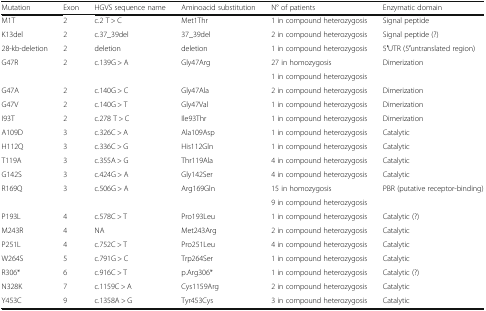
| Mutation | Exon | HGVS sequence name | Aminoacid substitution | N° of patients | Enzymatic domain |
 | --- | --- | --- | --- | --- | --- |
 | M1T | 2 | c.2 T > C | Met1Thr | 1 in compound heterozygosis | Signal peptide |
 | K13del | 2 | c.37_39del | 37_39del | 2 in compound heterozygosis | Signal peptide (?) |
 | 28-kb-deletion | 2 | deletion | deletion | 1 in compound heterozygosis | 5′UTR (5′untranslated region) |
 | <ROWSPAN=2> G47R | <ROWSPAN=2> 2 | <ROWSPAN=2> c.139G > A | <ROWSPAN=2> Gly47Arg | 27 in homozygosis | <ROWSPAN=2> Dimerization |
 | 1 in compound heterozygosis |
 | G47A | 2 | c.140G > C | Gly47Ala | 2 in compound heterozygosis | Dimerization |
 | G47V | 2 | c.140G > T | Gly47Val | 1 in compound heterozygosis | Dimerization |
 | I93T | 2 | c.278 T > C | Ile93Thr | 1 in compound heterozygosis | Dimerization |
 | A109D | 3 | c.326C > A | Ala109Asp | 1 in compound heterozygosis | Catalytic |
 | H112Q | 3 | c.336C > G | His112Gln | 1 in compound heterozygosis | Catalytic |
 | T119A | 3 | c.355A > G | Thr119Ala | 4 in compound heterozygosis | Catalytic |
 | G142S | 3 | c.424G > A | Gly142Ser | 4 in compound heterozygosis | Catalytic |
 | <ROWSPAN=2> R169Q | <ROWSPAN=2> 3 | <ROWSPAN=2> c.506G > A | <ROWSPAN=2> Arg169Gln | 15 in homozygosis | <ROWSPAN=2> PBR (putative receptor-binding) |
 | 9 in compound heterozygosis |
 | P193L | 4 | c.578C > T | Pro193Leu | 1 in compound heterozygosis | Catalytic (?) |
 | M243R | 4 | NA | Met243Arg | 2 in compound heterozygosis | Catalytic |
 | P251L | 4 | c.752C > T | Pro251Leu | 4 in compound heterozygosis | Catalytic |
 | W264S | 5 | c.791G > C | Trp264Ser | 1 in compound heterozygosis | Catalytic |
 | R306* | 6 | c.916C > T | p.Arg306* | 1 in compound heterozygosis | Catalytic (?) |
 | N328K | 7 | c.1159C > A | Cys1159Arg | 2 in compound heterozygosis | Catalytic |
 | Y453C | 9 | c.1358A > G | Tyr453Cys | 3 in compound heterozygosis | Catalytic |